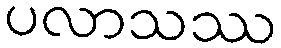
ပလာသဿ